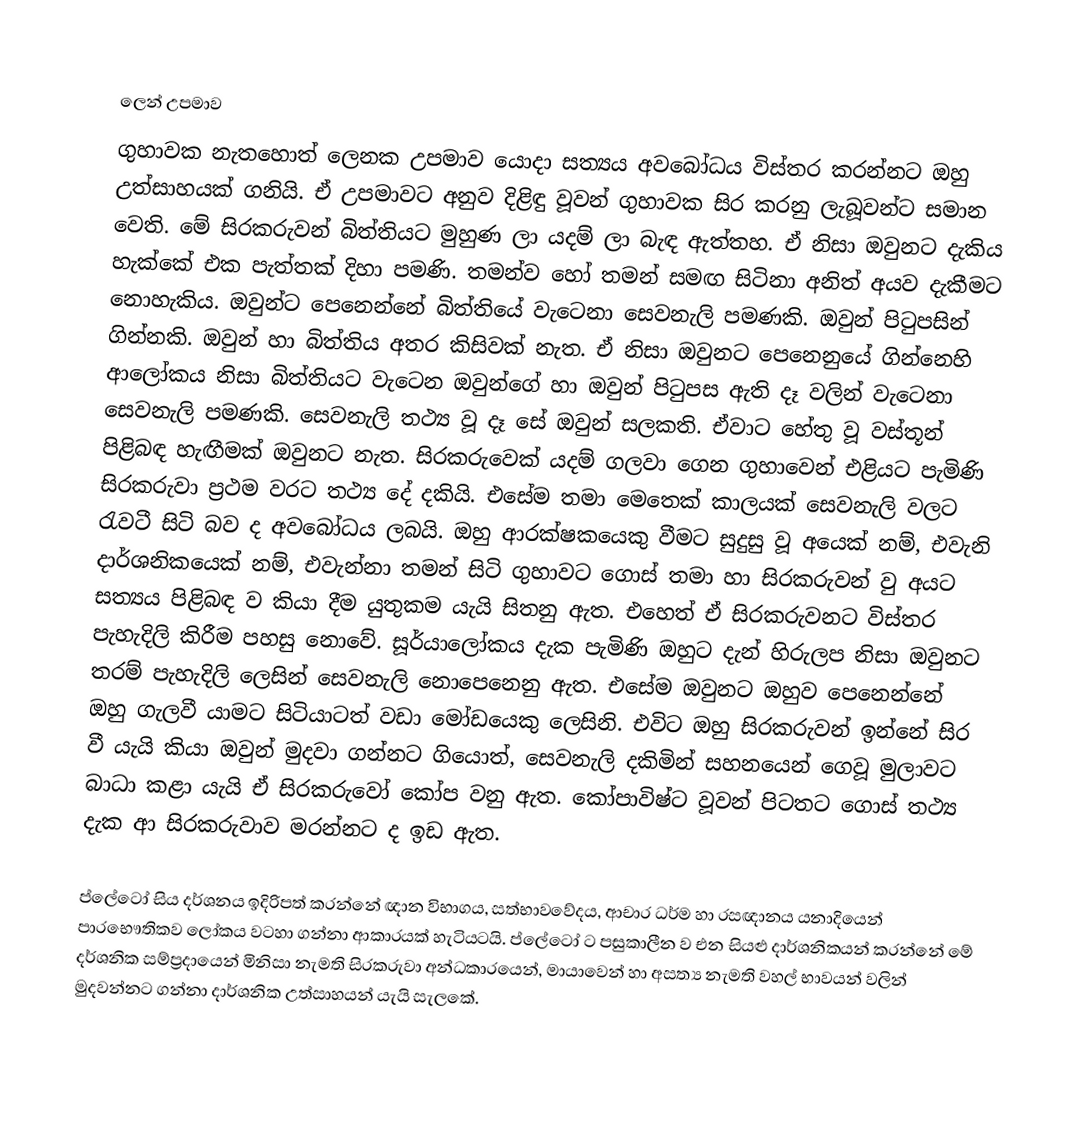

ලෙන් උපමාව
ගුහාවක නැතහොත් ලෙනක උපමාව යොදා සත්‍යය අවබෝධය විස්තර කරන්නට ඔහු උත්සාහයක් ගනියි. ඒ උපමාවට අනුව දිළිඳු වූවන් ගුහාවක සිර කරනු ලැබූවන්ට සමාන වෙති. මේ සිරකරුවන් බිත්තියට මුහුණ ලා යදම් ලා බැඳ ඇත්තහ. ඒ නිසා ඔවුනට දැකිය හැක්කේ එක පැත්තක් දිහා පමණි. තමන්ව හෝ තමන් සමඟ සිටිනා අනිත් අයව දැකීමට නොහැකිය. ඔවුන්ට පෙනෙන්නේ බිත්තියේ වැටෙනා සෙවනැලි පමණකි. ඔවුන් පිටුපසින් ගින්නකි. ඔවුන් හා බිත්තිය අතර කිසිවක් නැත. ඒ නිසා ඔවුනට පෙනෙනුයේ ගින්නෙහි ආලෝකය නිසා බිත්තියට වැටෙන ඔවුන්ගේ හා ඔවුන් පිටුපස ඇති දෑ වලින් වැටෙනා සෙවනැලි පමණකි. සෙවනැලි තථ්‍ය වූ දෑ සේ ඔවුන් සලකති. ඒවාට හේතු වූ වස්තූන් පිළිබඳ හැඟීමක් ඔවුනට නැත. සිරකරුවෙක් යදම් ගලවා ගෙන ගුහාවෙන් එළියට පැමිණි සිරකරුවා ප්‍රථම වරට තථ්‍ය දේ දකියි. එසේම තමා මෙතෙක් කාලයක් සෙවනැලි වලට රැවටී සිටි බව ද අවබෝධය ලබයි. ඔහු ආරක්ෂකයෙකු වීමට සුදුසු වූ අයෙක් නම්, එවැනි දාර්ශනිකයෙක් නම්, එවැන්නා තමන් සිටි ගුහාවට ගොස් තමා හා සිරකරුවන් වු අයට සත්‍යය පිළිබඳ ව කියා දීම යුතුකම යැයි සිතනු ඇත. එහෙත් ඒ සිරකරුවනට විස්තර පැහැදිලි කිරීම පහසු නොවේ. සූර්යාලෝකය දැක පැමිණි ඔහුට දැන් හිරුලප නිසා ඔවුනට තරම් පැහැදිලි ලෙසින් සෙවනැලි නොපෙනෙනු ඇත. එසේම ඔවුනට ඔහුව පෙනෙන්නේ ඔහු ගැලවී යාමට සිටියාටත් වඩා මෝඩයෙකු ලෙසිනි. එවිට ඔහු සිරකරුවන් ඉන්නේ සිර වී යැයි කියා ඔවුන් මුදවා ගන්නට ගියොත්, සෙවනැලි දකිමින් සහනයෙන් ගෙවූ මුලාවට බාධා කළා යැයි ඒ සිරකරුවෝ කෝප වනු ඇත. කෝපාවිෂ්ට වූවන් පිටතට ගොස් තථ්‍ය දැක ආ සිරකරුවාව මරන්නට ද ඉඩ ඇත.

ප්ලේටෝ සිය දර්ශනය ඉදිරිපත් කරන්නේ ඥාන විභාගය, සත්භාවවේදය, ආචාර ධර්ම හා රසඥානය යනාදියෙන් පාරභෞතිකව ලෝකය වටහා ගන්නා ආකාරයක් හැටියටයි. ප්ලේටෝ ට පසුකාලීන ව එන සියළු දාර්ශනිකයන් කරන්නේ මේ දර්ශනික සම්ප්‍රදායෙන් මිනිසා නැමති සිරකරුවා අන්ධකාරයෙන්, මායාවෙන් හා අසත්‍ය නැමති වහල් භාවයන් වලින් මුදවන්නට ගන්නා දාර්ශනික උත්සාහයන් යැයි සැලකේ.